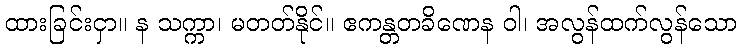
ထားခြင်းငှာ။ န သက္ကာ၊ မတတ်နိုင်။ ဧကန္တတခိဏေန ဝါ၊ အလွန်ထက်လွန်သော